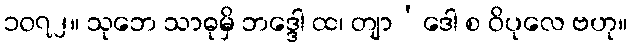
၁၀၇၂။ သုဘေ သာဓုမှိ ဘဒ္ဒေါ ထ၊ တျာ’ဒေါ စ ဝိပုလေ ဗဟု။